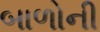
બાળોની